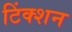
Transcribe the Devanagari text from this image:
टिंक्शन